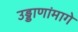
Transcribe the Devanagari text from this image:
उड्डाणांमागे